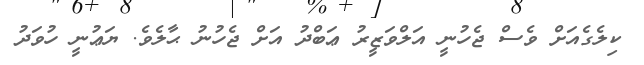
ކިލެގެއަށް ވެސް ޖެހުނީ އަލްވަޒީރު ޢަބްދު އަށް ޖެހުނު ޙާލެވެ. ޔަޢުނީ ހުވަދު